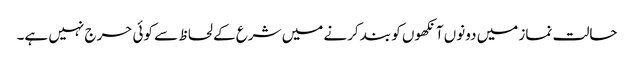
حالت نماز میں دونوں آنکھوں کو بند کرنے میں شرع کے لحاظ سے کوئی حرج نہیں ہے۔